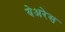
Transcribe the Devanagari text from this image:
येअरेस